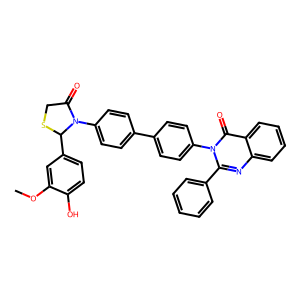
SMILES: COc1cc(C2SCC(=O)N2c2ccc(-c3ccc(-n4c(-c5ccccc5)nc5ccccc5c4=O)cc3)cc2)ccc1O
Inhibits HIV replication: No